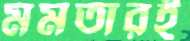
মমতারই